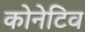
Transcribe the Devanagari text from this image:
कोनेटिव